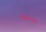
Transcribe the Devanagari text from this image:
भास्कराक